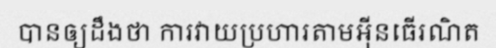
បានឲ្យដឹងថា ការវាយប្រហារតាមអ៊ីនធើរណិត